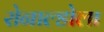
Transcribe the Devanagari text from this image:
रोनाल्डोला